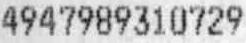
4947989310729